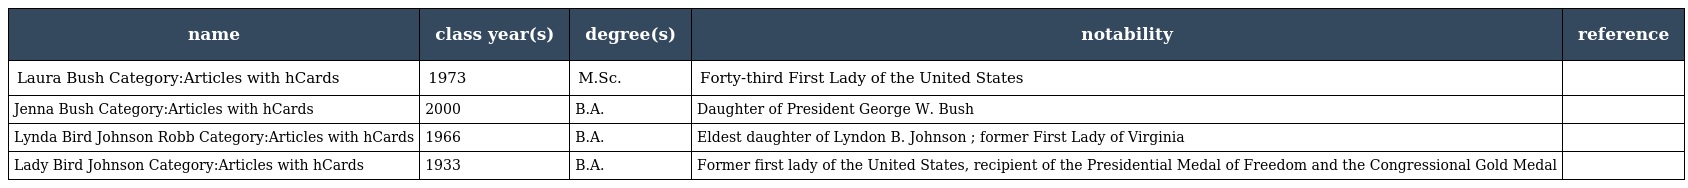
| name | class year(s) | degree(s) | notability | reference |
 | --- | --- | --- | --- | --- |
 | Laura Bush Category:Articles with hCards | 1973 | M.Sc. | Forty-third First Lady of the United States |  |
 | Jenna Bush Category:Articles with hCards | 2000 | B.A. | Daughter of President George W. Bush |  |
 | Lynda Bird Johnson Robb Category:Articles with hCards | 1966 | B.A. | Eldest daughter of Lyndon B. Johnson ; former First Lady of Virginia |  |
 | Lady Bird Johnson Category:Articles with hCards | 1933 | B.A. | Former first lady of the United States, recipient of the Presidential Medal of Freedom and the Congressional Gold Medal |  |